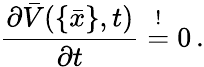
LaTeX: \frac{\partial\bar{V}(\{ \bar{x}\} ,t)}{\partial t}\stackrel{!}{=}0\, .